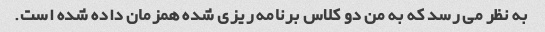
به نظر می رسد که به من دو کلاس برنامه ریزی شده همزمان داده شده است.